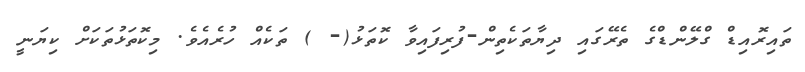
ތައިރޮއިޑް ގްލޭންޑްގެ ތެރޭގައި ދިޔާތަކެތިން-ފުރިފައިވާ ކޮތަޅު(- ) ތަކެއް ހުރެއެވެ. މިކޮތަޅުތަކަށް ކިޔަނީ